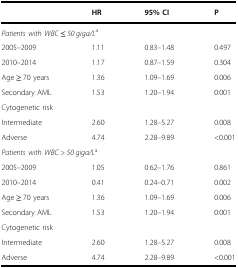
<table><thead><tr><td></td><td><b>HR</b></td><td><b>95% CI</b></td><td><b><i>P</i></b></td></tr></thead><tbody><tr><td colspan="4"><i>Patients with WBC</i> ≤ <i>50 giga/L</i><sup>a</sup></td></tr><tr><td>2005–2009</td><td>1.11</td><td>0.83–1.48</td><td>0.497</td></tr><tr><td>2010–2014</td><td>1.17</td><td>0.87–1.59</td><td>0.304</td></tr><tr><td>Age ≥ 70 years</td><td>1.36</td><td>1.09–1.69</td><td>0.006</td></tr><tr><td>Secondary AML</td><td>1.53</td><td>1.20–1.94</td><td>0.001</td></tr><tr><td colspan="4">Cytogenetic risk</td></tr><tr><td>Intermediate</td><td>2.60</td><td>1.28–5.27</td><td>0.008</td></tr><tr><td>Adverse</td><td>4.74</td><td>2.28–9.89</td><td>&lt;0.001</td></tr><tr><td colspan="4"><i>Patients with WBC &gt; 50 giga/L</i><sup>a</sup></td></tr><tr><td>2005–2009</td><td>1.05</td><td>0.62–1.76</td><td>0.861</td></tr><tr><td>2010–2014</td><td>0.41</td><td>0.24–0.71</td><td>0.002</td></tr><tr><td>Age ≥ 70 years</td><td>1.36</td><td>1.09–1.69</td><td>0.006</td></tr><tr><td>Secondary AML</td><td>1.53</td><td>1.20–1.94</td><td>0.001</td></tr><tr><td colspan="4">Cytogenetic risk</td></tr><tr><td>Intermediate</td><td>2.60</td><td>1.28–5.27</td><td>0.008</td></tr><tr><td>Adverse</td><td>4.74</td><td>2.28–9.89</td><td>&lt;0.001</td></tr></tbody></table>